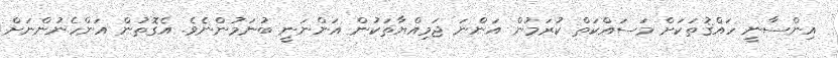
އިންސާނީ ހައްޤުތަކަށް މަސައްކަތް ކުރަމުން އަންނަ ޖަމިއްޔާތަކުން އަންނަނީ ބުނަމުންނެވެ. އެގޮތުން އަންހެނުންނަށް